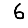
Digit: 6